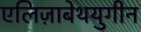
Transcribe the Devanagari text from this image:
एलिज़ाबेथयुगीन